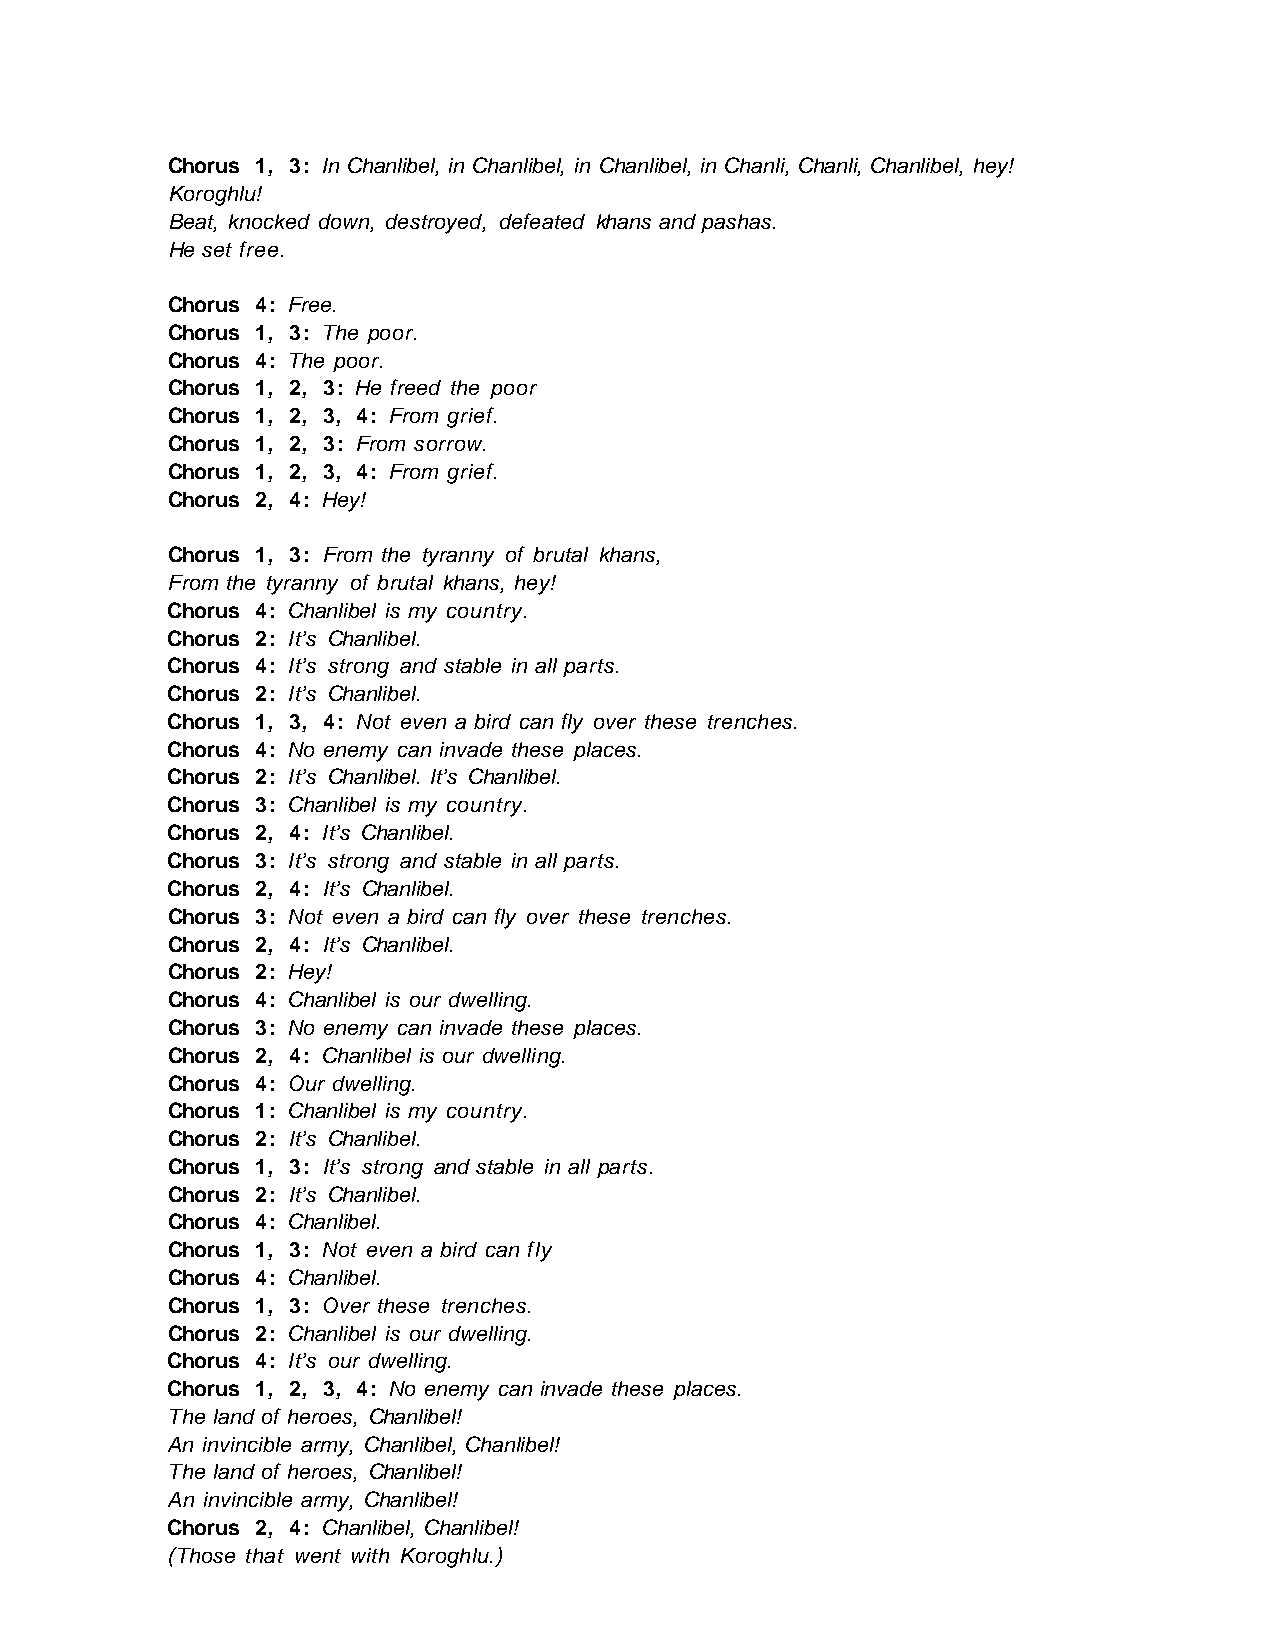
Chorus 1, 3: In Chanlibel, in Chanlibel, in Chanlibel, in Chanli, Chanli, Chanlibel, hey!
 Koroghlu!
 Beat, knocked down, destroyed, defeated khans and pashas.
 He set free.
 Chorus 4: Free.
 Chorus 1, 3: The poor.
 Chorus 4: The poor.
 Chorus 1, 2, 3: He freed the poor
 Chorus 1, 2, 3, 4: From grief.
 Chorus 1, 2, 3: From sorrow.
 Chorus 1, 2, 3, 4: From grief.
 Chorus 2, 4: Hey!
 Chorus 1, 3: From the tyranny of brutal khans,
 From the tyranny of brutal khans, hey!
 Chorus 4: Chanlibel is my country.
 Chorus 2: It’s Chanlibel.
 Chorus 4: It’s strong and stable in all parts.
 Chorus 2: It’s Chanlibel.
 Chorus 1, 3, 4: Not even a bird can fly over these trenches.
 Chorus 4: No enemy can invade these places.
 Chorus 2: It’s Chanlibel. It’s Chanlibel.
 Chorus 3: Chanlibel is my country.
 Chorus 2, 4: It’s Chanlibel.
 Chorus 3: It’s strong and stable in all parts.
 Chorus 2, 4: It’s Chanlibel.
 Chorus 3: Not even a bird can fly over these trenches.
 Chorus 2, 4: It’s Chanlibel.
 Chorus 2: Hey!
 Chorus 4: Chanlibel is our dwelling.
 Chorus 3: No enemy can invade these places.
 Chorus 2, 4: Chanlibel is our dwelling.
 Chorus 4: Our dwelling.
 Chorus 1: Chanlibel is my country.
 Chorus 2: It’s Chanlibel.
 Chorus 1, 3: It’s strong and stable in all parts.
 Chorus 2: It’s Chanlibel.
 Chorus 4: Chanlibel.
 Chorus 1, 3: Not even a bird can fly
 Chorus 4: Chanlibel.
 Chorus 1, 3: Over these trenches.
 Chorus 2: Chanlibel is our dwelling.
 Chorus 4: It’s our dwelling.
 Chorus 1, 2, 3, 4: No enemy can invade these places.
 The land of heroes, Chanlibel!
 An invincible army, Chanlibel, Chanlibel!
 The land of heroes, Chanlibel!
 An invincible army, Chanlibel!
 Chorus 2, 4: Chanlibel, Chanlibel!
 (Those that went with Koroghlu.)